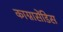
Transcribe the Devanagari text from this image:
काग्नासेंडिस